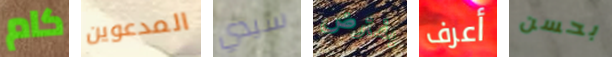
كام المدعوين سيدي يفترض أعرف بحسن